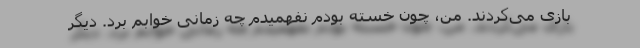
بازی می‌کردند. من، چون خسته بودم نفهمیدم چه زمانی خوابم برد. دیگر